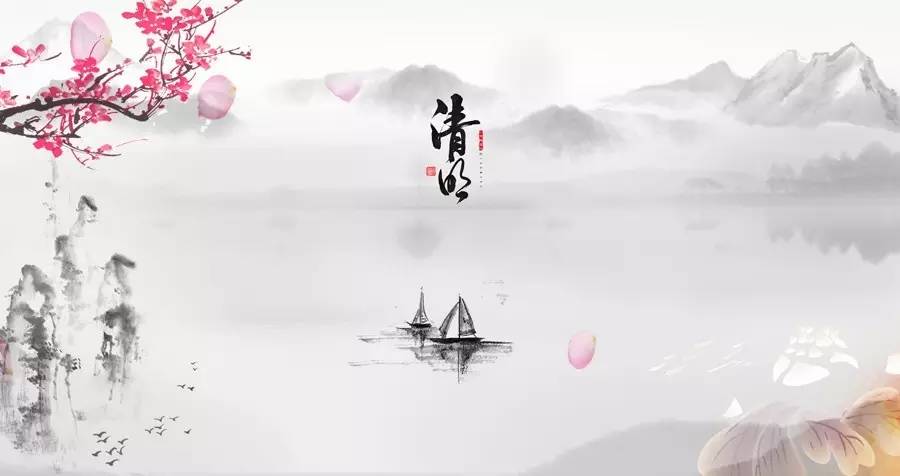
梨花自寒食，进节只愁余。